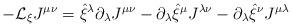
LaTeX: \begin{align*}-{\cal L}_{\xi} J^{\mu\nu} = \hat \xi^{\lambda} \partial_{\lambda} J^{\mu\nu}-\partial_\lambda \hat \xi^\mu J^{\lambda\nu} - \partial_\lambda \hat \xi^\nu J^{\mu\lambda}\end{align*}